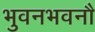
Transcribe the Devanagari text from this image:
भुवनभवनौ